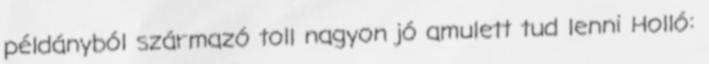
példányból származó toll nagyon jó amulett tud lenni Holló: